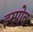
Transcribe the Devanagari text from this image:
इम्प्रोव